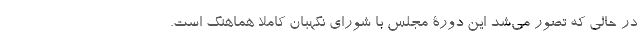
در حالی که تصور می‌شد این دورۀ مجلس با شورای نگهبان کاملا هماهنگ است.